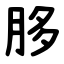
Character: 䏧